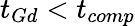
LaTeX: t_{Gd}<t_{comp}